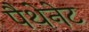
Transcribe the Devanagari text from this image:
पैथेनेट